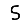
Digit: 5